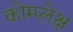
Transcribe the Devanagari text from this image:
कोम्प्लेक्ष